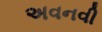
અવનવી